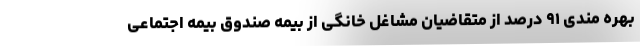
بهره مندی ۹۱ درصد از متقاضیان مشاغل خانگی از بیمه صندوق بیمه اجتماعی